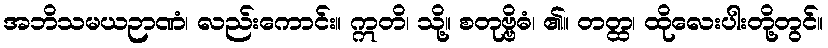
အဘိသမယဉာဏံ၊ လည်းကောင်း။ ဣတိ၊ သို့။ စတုဗ္ဗိဓံ၊ ၏။ တတ္ထ၊ ထိုလေးပါးတို့တွင်။